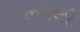
રૂપલી